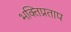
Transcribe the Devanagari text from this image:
भक्तिप्रताप